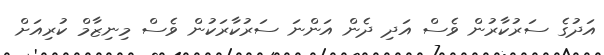
އަދުގެ ސަރުކާރުން ވެސް އަދި ދެން އަންނަ ސަރުކާރަކުން ވެސް މިނިޒާމް ކުރިއަށް